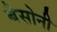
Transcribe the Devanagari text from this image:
बैसोनी